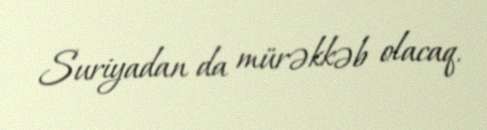
Suriyadan da mürəkkəb olacaq.